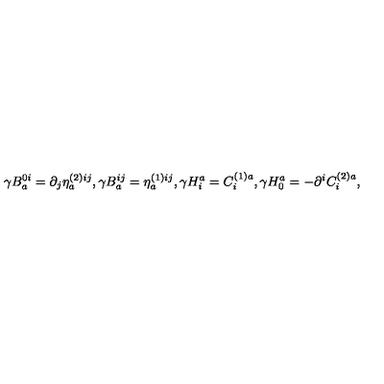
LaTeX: \gamma B _ { a } ^ { 0 i } = \partial _ { j } \eta _ { a } ^ { ( 2 ) i j } , \gamma B _ { a } ^ { i j } = \eta _ { a } ^ { ( 1 ) i j } , \gamma H _ { i } ^ { a } = C _ { i } ^ { ( 1 ) a } , \gamma H _ { 0 } ^ { a } = - \partial ^ { i } C _ { i } ^ { ( 2 ) a } ,